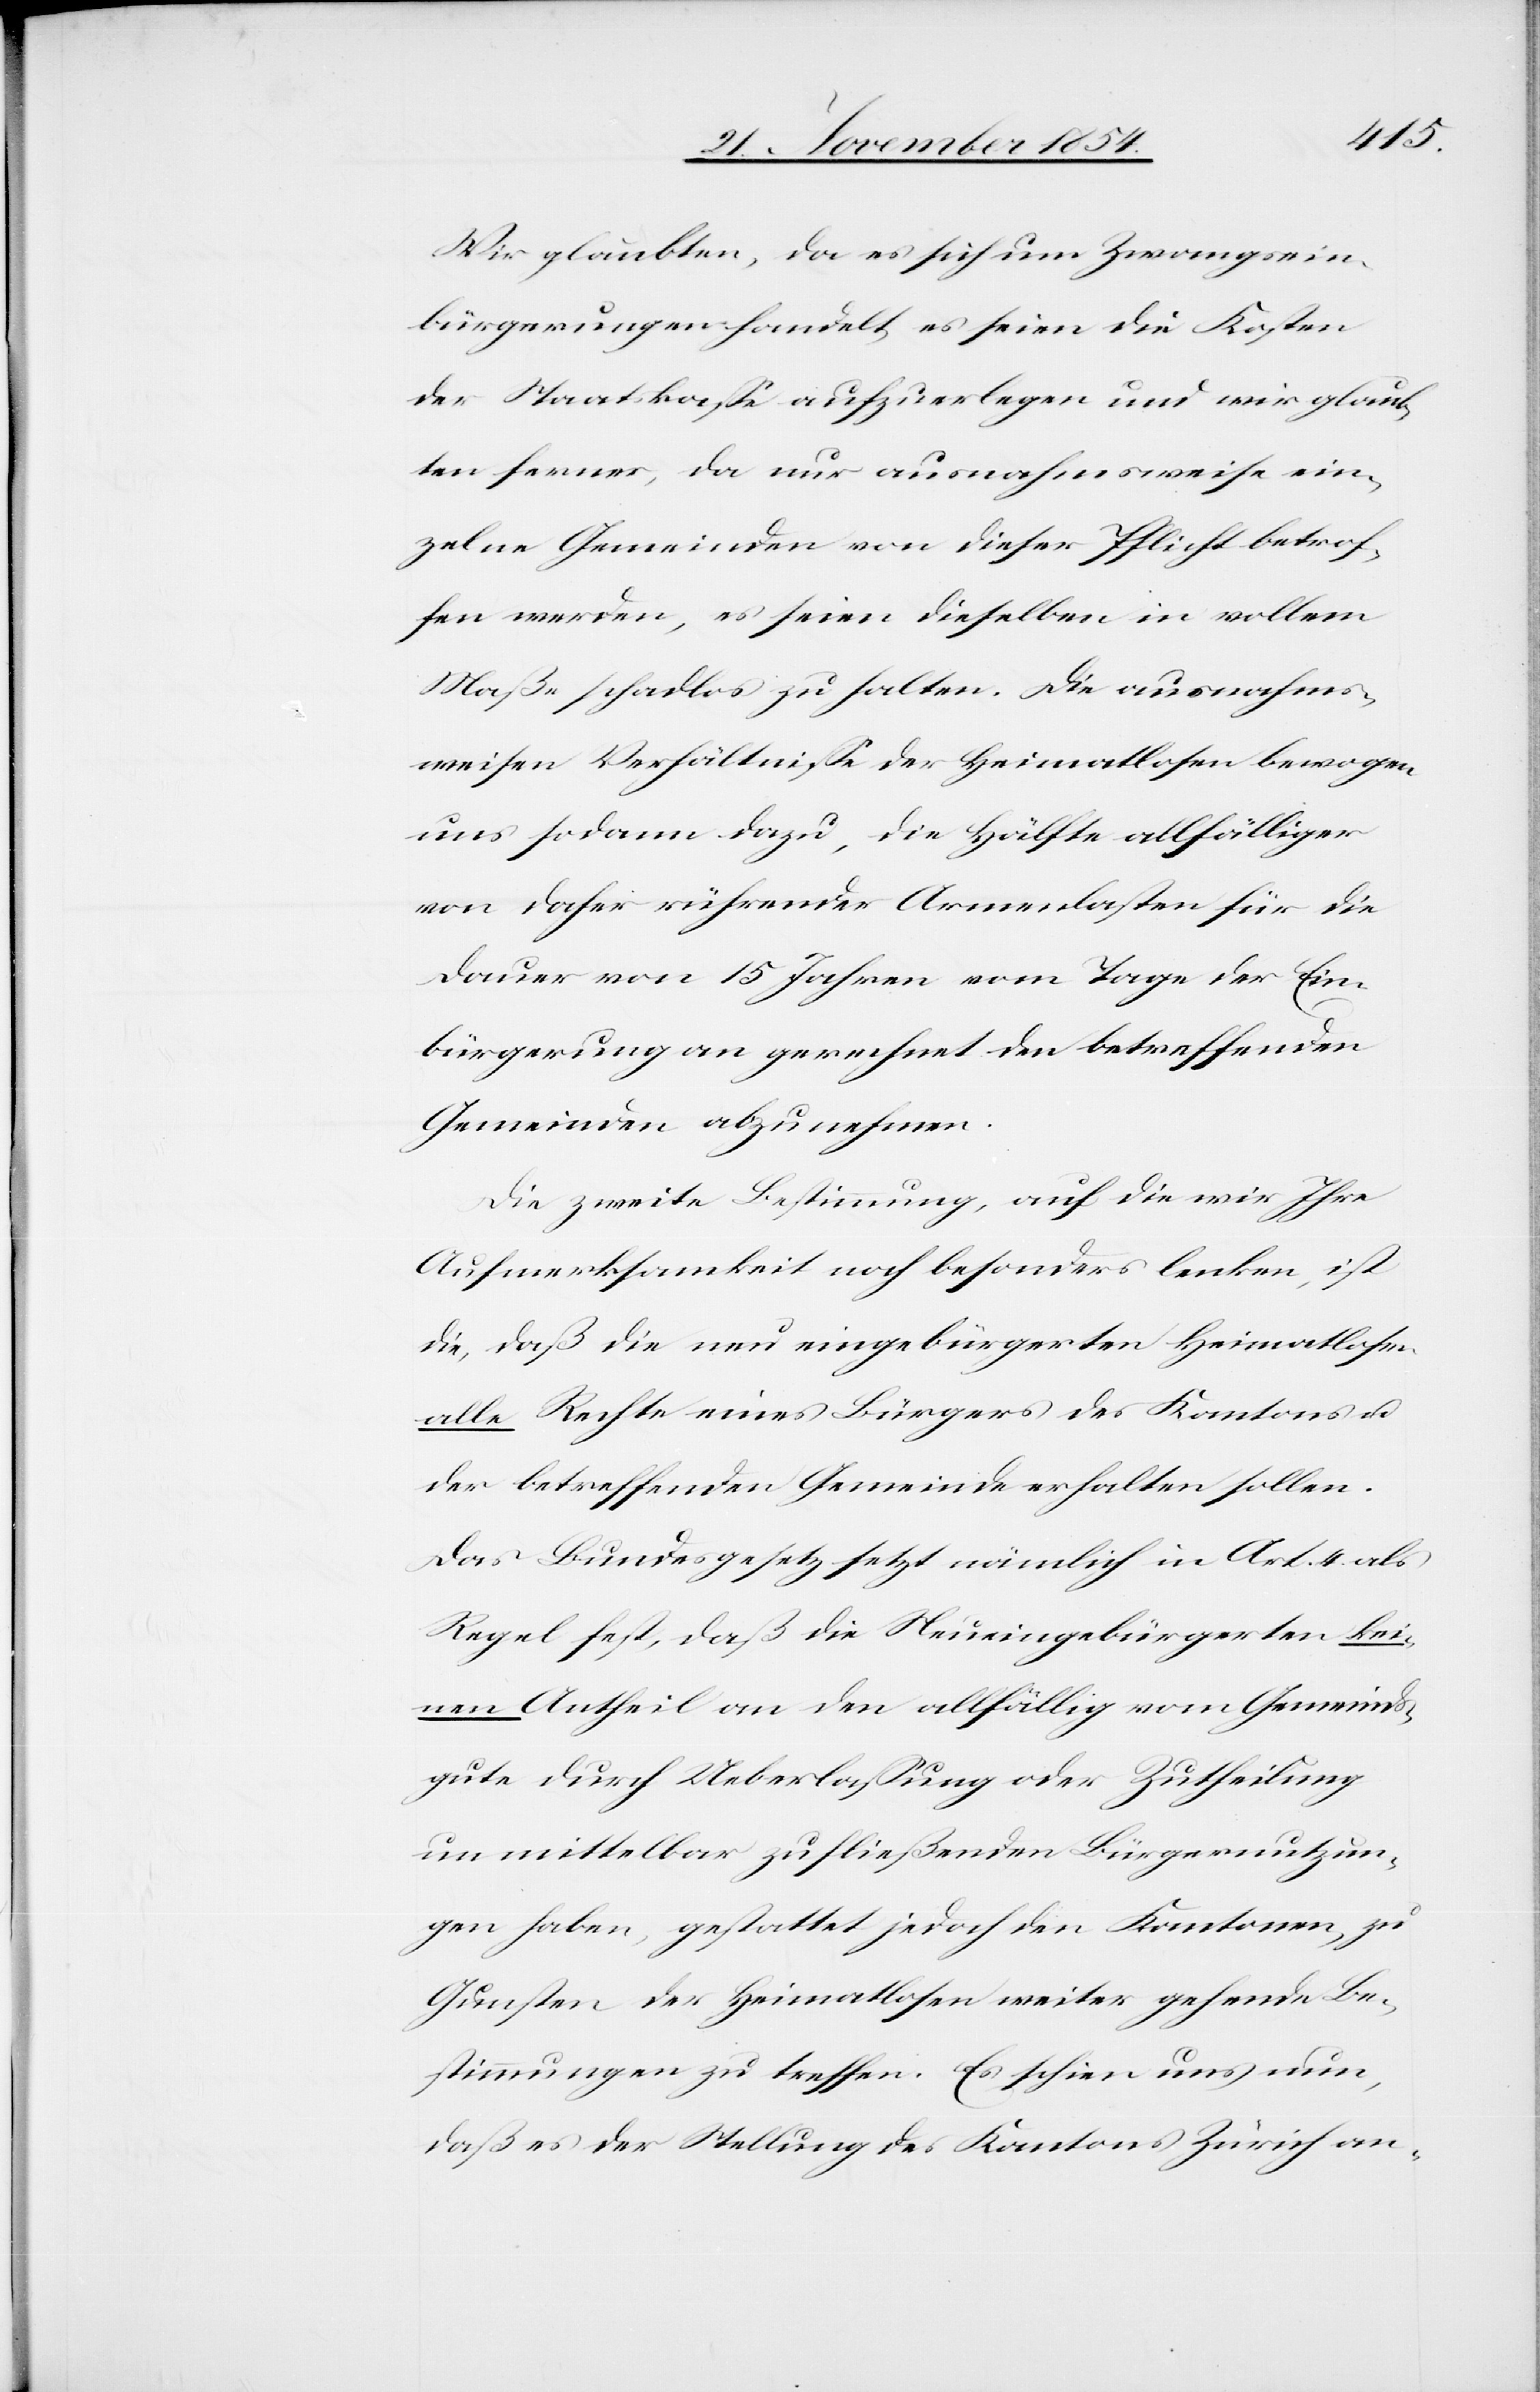
Wir glaubten, da es sich um Zwangsein¬
bürgerungen handelt, es seien die Kosten
der Staatskaße aufzuerlegen und wir glaub¬
ten ferner, da nur ausnahmsweise ein¬
zelne Gemeinden von dieser Pflicht betrof¬
fen werde, es seien dieselben in vollem
Maße schadlos zu halten. Die ausnahms¬
weisen Verhältniße der Heimatlosen bewogen
uns sodann dazu, die Hälfte allfälliger
von daher rührender Armenlasten für die
Dauer von 15 Jahren vom Tage der Ein¬
bürgerung an gerechnet den betreffenden
Gemeinden abzunehmen.
Die zweite Bestimmung, auf die wir Ihre
Aufmerksamkeit noch besonders lenken, ist
die, daß die neu eingebürgerten Heimatlosen
alle Rechte eines Bürgers des Kantons u.
der betreffenden Gemeinde erhalten sollen.
Das Bundesgesetz setzt nämlich in Art. 4 als
Regel fest, daß die Neueingebürgerten kei¬
nen Antheil an den allfällig vom Gemeinds¬
gute durch Ueberlaßung oder Zutheilung
unmittelbar zufließenden Bürgernutzun¬
gen haben, gestattet jedoch den Kantonen, zu
Gunsten der Heimatlosen weiter gehende Be¬
stimmungen zu treffen. Es schien uns nun,
daß es der Stellung des Kantons Zürich an-